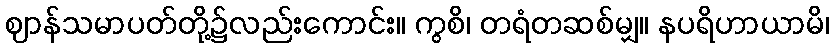
ဈာန်သမာပတ်တို့၌လည်းကောင်း။ ကွစိ၊ တရံတဆစ်မျှ။ နပရိဟာယာမိ၊